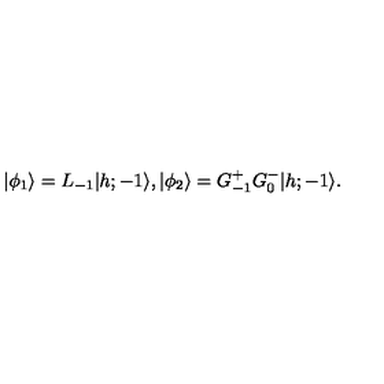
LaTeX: \vert \phi _ { 1 } \rangle = L _ { - 1 } \vert { h ; - 1 } \rangle { } , { } { } { } \vert \phi _ { 2 } \rangle = G _ { - 1 } ^ { + } G _ { 0 } ^ { - } \vert { h ; - 1 } \rangle { } .